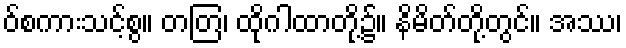
ဝ်စကားသင့်စွ။ တတြ၊ ထိုဂါထာတို့၌။ နိမိတ်တို့တွင်။ အဿ၊